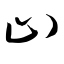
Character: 止